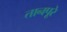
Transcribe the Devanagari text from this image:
तानपूरे